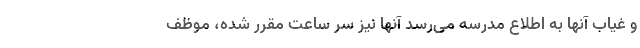
و غیاب آنها به اطلاع مدرسه می‌رسد آنها نیز سر ساعت مقرر شده، موظف